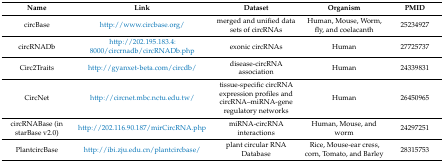
<table><thead><tr><td><b>Name</b></td><td><b>Link</b></td><td><b>Dataset</b></td><td><b>Organism</b></td><td><b>PMID</b></td></tr></thead><tbody><tr><td>circBase</td><td>http://www.circbase.org/</td><td>merged and unified data sets of circRNAs</td><td>Human, Mouse, Worm, fly, and coelacanth</td><td>25234927</td></tr><tr><td>circRNADb</td><td>http://202.195.183.4:8000/circrnadb/circRNADb.php</td><td>exonic circRNAs</td><td>Human</td><td>27725737</td></tr><tr><td>Circ2Traits</td><td>http://gyanxet-beta.com/circdb/</td><td>disease-circRNA association</td><td>Human</td><td>24339831</td></tr><tr><td>CircNet</td><td>http://circnet.mbc.nctu.edu.tw/</td><td>tissue-specific circRNA expression profiles and circRNA–miRNA-gene regulatory networks</td><td>Human</td><td>26450965</td></tr><tr><td>circRNABase (in starBase v2.0)</td><td>http://202.116.90.187/mirCircRNA.php</td><td>miRNA-circRNA interactions</td><td>Human, Mouse, and worm</td><td>24297251</td></tr><tr><td>PlantcircBase</td><td>http://ibi.zju.edu.cn/plantcircbase/</td><td>plant circular RNA Database</td><td>Rice, Mouse-ear cress, corn, Tomato, and Barley</td><td>28315753</td></tr></tbody></table>